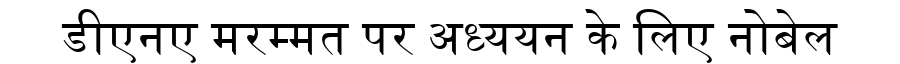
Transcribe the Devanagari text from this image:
डीएनए मरम्मत पर अध्ययन के लिए नोबेल